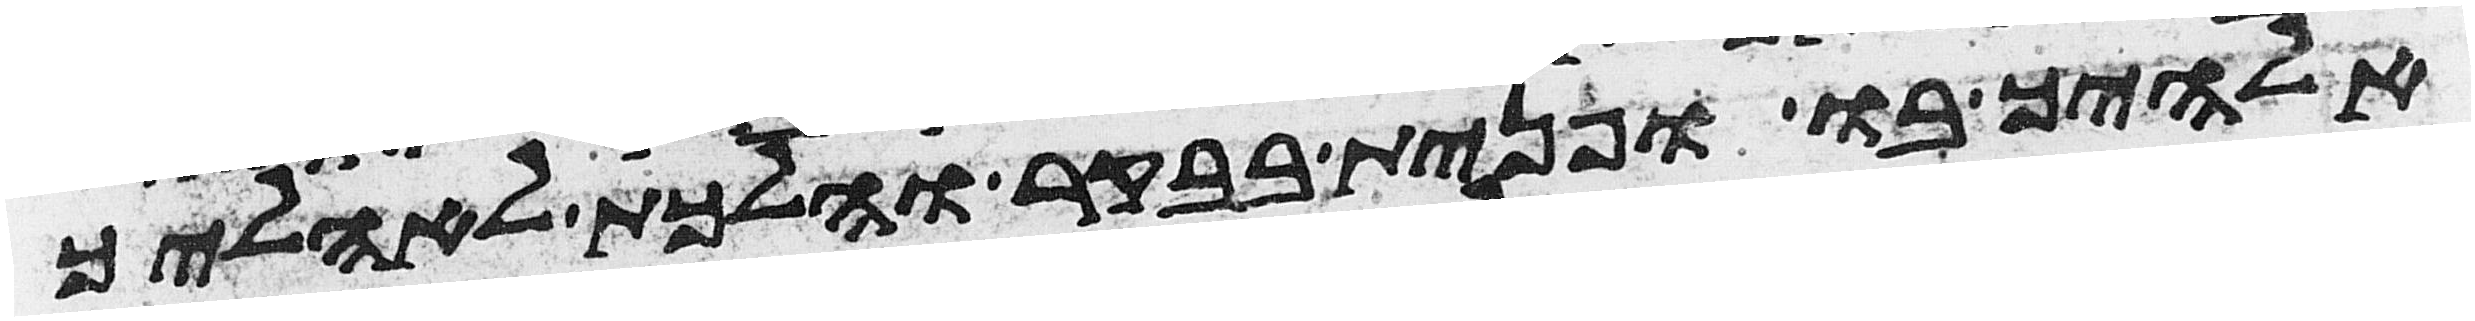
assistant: אלהיך בו ופנית בבקר והלכת לאהליך